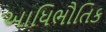
આધિભૌતિક